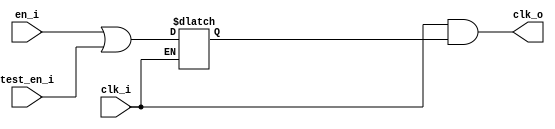
module cluster_clock_gating (
	clk_i,
	en_i,
	test_en_i,
	clk_o
);
	input wire clk_i;
	input wire en_i;
	input wire test_en_i;
	output wire clk_o;
	reg clk_en;
	always @(*)
		if (clk_i == 1'b0)
			clk_en <= en_i | test_en_i;
	assign clk_o = clk_i & clk_en;
endmodule